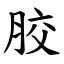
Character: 胶